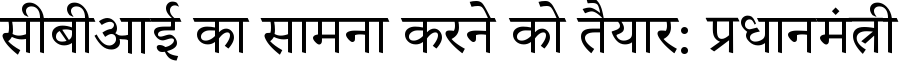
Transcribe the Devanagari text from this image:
सीबीआई का सामना करने को तैयार: प्रधानमंत्री